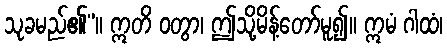
သုခမည်၏”။ ဣတိ ဝတွာ၊ ဤသို့မိန့်တော်မူ၍။ ဣမံ ဂါထံ၊